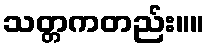
သတ္တကတည်း။။